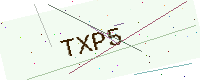
Text: TXP5